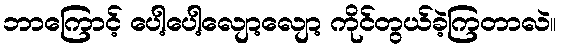
ဘာကြောင့် ပေါ့ပေါ့လျော့လျော့ ကိုင်တွယ်ခဲ့ကြတာလဲ။